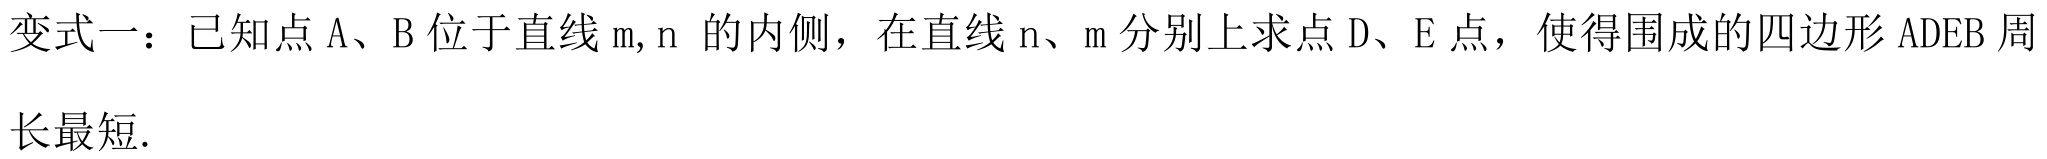
变式一：已知点 A、B 位于直线 m, n 的内侧，在直线 n、m 分别上求点 D、E 点，使得围成的四边形 ADEB 周
长最短.